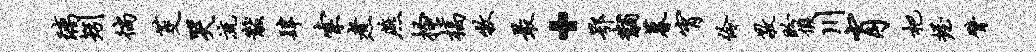
璃矧徜茭哭流黻肆索煮燕搔槁牧最·鄂黼暮宵伶敬盼假川肖杷握臂